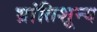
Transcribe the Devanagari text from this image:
भ्रांतिशून्य